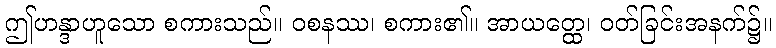
ဤဟန္ဒာဟူသော စကားသည်။ ဝစနဿ၊ စကား၏။ အာယတ္ထေ၊ ဝတ်ခြင်းအနက်၌။